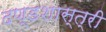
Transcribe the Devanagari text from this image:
दण्डशास्त्री